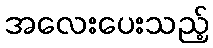
အလေးပေးသည့်